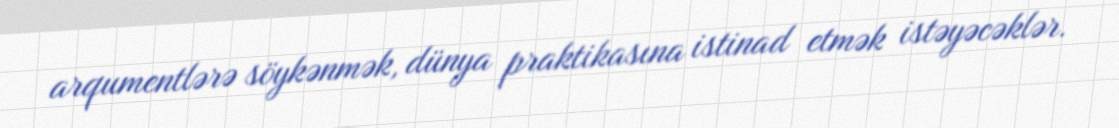
arqumentlərə söykənmək, dünya praktikasına istinad etmək istəyəcəklər.